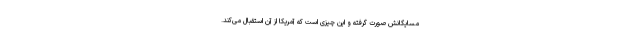
مسایگانش صورت گرفته و این چیزی است که آمریکا از آن استقبال می‌کند.